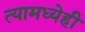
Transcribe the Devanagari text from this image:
त्यामध्येही